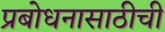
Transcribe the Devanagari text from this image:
प्रबोधनासाठीची